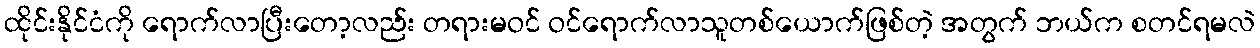
ထိုင်းနိုင်ငံကို ရောက်လာပြီးတော့လည်း တရားမဝင် ဝင်ရောက်လာသူတစ်ယောက်ဖြစ်တဲ့ အတွက် ဘယ်က စတင်ရမလဲ